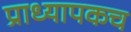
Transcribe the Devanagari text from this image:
प्राध्यापकच